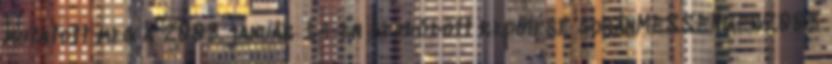
mutatott meg a 2008. január 14-én kezdődött repülése soránMESSENGER2008